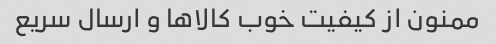
ممنون از کیفیت خوب کالاها و ارسال سریع